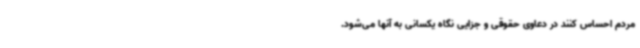
مردم احساس کنند در دعاوی حقوقی و جزایی نگاه یکسانی به آنها می‌شود.